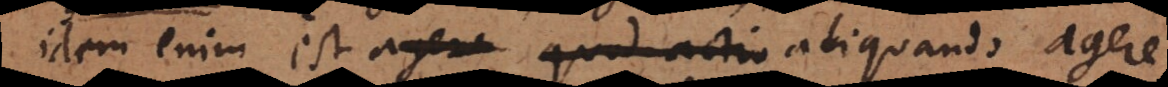
Idem enim est agere quod actio aliquando agere